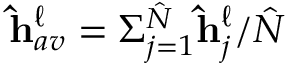
\mathbf { \hat { h } } _ { a v } ^ { \ell } = \Sigma _ { j = 1 } ^ { \hat { N } } \mathbf { \hat { h } } _ { j } ^ { \ell } / \hat { N }